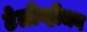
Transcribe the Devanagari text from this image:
टेलीव्हीजन